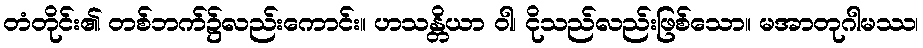
တံတိုင်း၏ တစ်ဘက်၌လည်းကောင်း။ ဟသန္တိယာ ဝါ၊ ငိုသည်လည်းဖြစ်သော။ မအာတုဂါမဿ၊